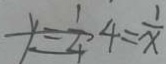
y = \frac { 1 } { 4 } 4 = \frac { 1 } { x }